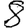
Digit: 8